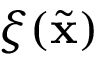
\xi ( \ensuremath { { \widetilde { \mathbf { x } } } } )